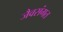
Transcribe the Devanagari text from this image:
जैवसंगत